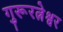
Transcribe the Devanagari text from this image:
गुरूरत्नेश्वर